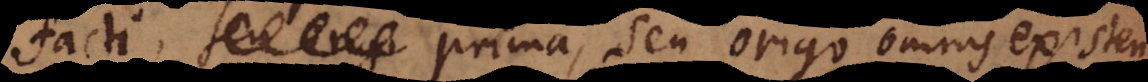
facti prima, seu origo omnis existen